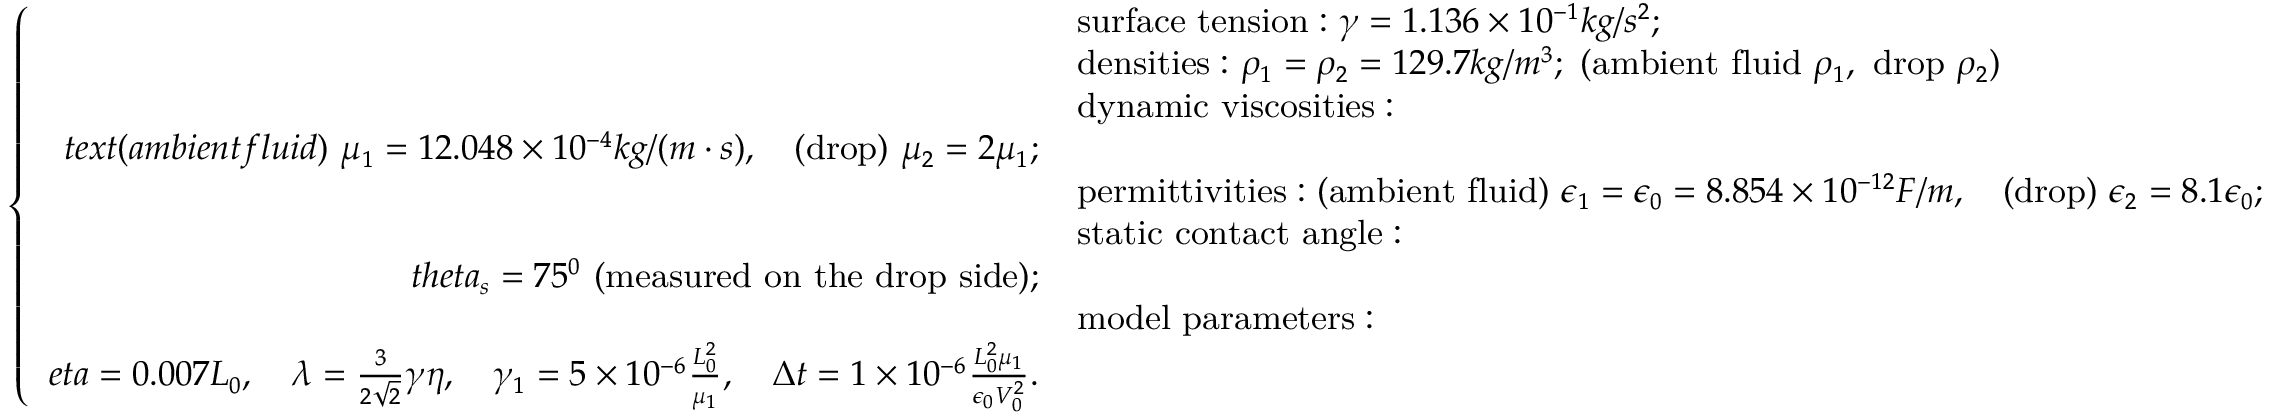
\small \left\{ \begin{array} { r l } & { \mathrm { s u r f a c e ~ t e n s i o n : } \ \gamma = 1 . 1 3 6 \times 1 0 ^ { - 1 } k g / s ^ { 2 } ; } \\ & { \mathrm { d e n s i t i e s : } \ \rho _ { 1 } = \rho _ { 2 } = 1 2 9 . 7 k g / m ^ { 3 } ; \ ( \mathrm { a m b i e n t ~ f l u i d } \ \rho _ { 1 } , \ \mathrm { d r o p } \ \rho _ { 2 } ) } \\ & { \mathrm { d y n a m i c ~ v i s c o s i t i e s : } } \\ { t e x t { ( a m b i e n t f l u i d ) } \ \mu _ { 1 } = 1 2 . 0 4 8 \times 1 0 ^ { - 4 } k g / ( m \cdot s ) , \quad \mathrm { ( d r o p ) } \ \mu _ { 2 } = 2 \mu _ { 1 } ; } \\ & { \mathrm { p e r m i t t i v i t i e s : } \ \mathrm { ( a m b i e n t ~ f l u i d ) } \ \epsilon _ { 1 } = \epsilon _ { 0 } = 8 . 8 5 4 \times 1 0 ^ { - 1 2 } F / m , \quad \mathrm { ( d r o p ) } \ \epsilon _ { 2 } = 8 . 1 \epsilon _ { 0 } ; } \\ & { \mathrm { s t a t i c ~ c o n t a c t ~ a n g l e : } } \\ { t h e t a _ { s } = 7 5 ^ { 0 } \ \mathrm { ( m e a s u r e d ~ o n ~ t h e ~ d r o p ~ s i d e ) } ; } \\ & { \mathrm { m o d e l ~ p a r a m e t e r s : } } \\ { e t a = 0 . 0 0 7 L _ { 0 } , \quad \lambda = \frac { 3 } { 2 \sqrt { 2 } } \gamma \eta , \quad \gamma _ { 1 } = 5 \times 1 0 ^ { - 6 } \frac { L _ { 0 } ^ { 2 } } { \mu _ { 1 } } , \quad \Delta t = 1 \times 1 0 ^ { - 6 } \frac { L _ { 0 } ^ { 2 } \mu _ { 1 } } { \epsilon _ { 0 } V _ { 0 } ^ { 2 } } . } \end{array} \right.